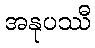
အနုပဿီ